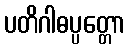
ပတိဂါဓပ္ပတ္တော